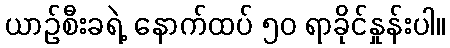
ယာဉ်စီးခရဲ့ နောက်ထပ် ၅၀ ရာခိုင်နှုန်းပါ။